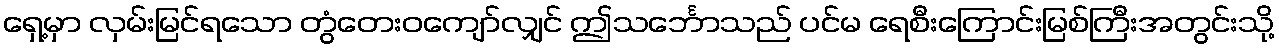
ရှေ့မှာ လှမ်းမြင်ရသော တွံတေးဝကျော်လျှင် ဤသင်္ဘောသည် ပင်မ ရေစီးကြောင်းမြစ်ကြီးအတွင်းသို့